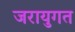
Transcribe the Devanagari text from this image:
जरायुगत